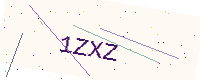
Text: 1ZXZ